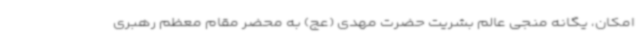
امکان، یگانه منجی عالم بشریت حضرت مهدی (عج) به محضر مقام معظم رهبری